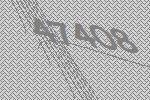
47408